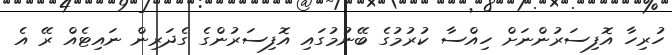
ހުރިހާ އޮފިސަރުންނަށް ހިއްސާ ކުރުމުގެ ބޭނުމުގައި އޮފިސަރުންގެ ގެދަރިން ނައިޓެއް ރޭ އެ